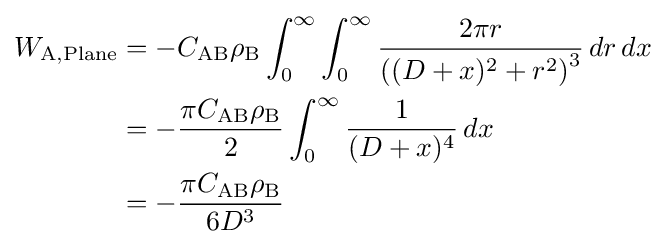
{\begin{aligned}W_{\mathrm {A,Plane} }&=-C_{\mathrm {AB} }\rho _{\mathrm {B} }\int _{0}^{\infty }\int _{0}^{\infty }{\frac {2\pi r}{\left((D+x)^{2}+r^{2}\right)^{3}}}\,dr\,dx\\&=-{\frac {\pi C_{\mathrm {AB} }\rho _{\mathrm {B} }}{2}}\int _{0}^{\infty }{\frac {1}{(D+x)^{4}}}\,dx\\&=-{\frac {\pi C_{\mathrm {AB} }\rho _{\mathrm {B} }}{6D^{3}}}\end{aligned}}